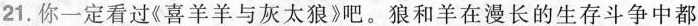
21.你一定看过《喜羊羊与灰太狼》吧。狼和羊在漫长的生存斗争中都